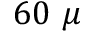
6 0 ~ \mu